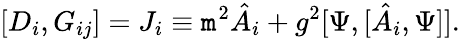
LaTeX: [D_{i},G_{ij}]=J_{i}\equiv\mathtt{m}^{2}\hat{{A}}_{i}+g^{2}[\Psi,[\hat{{A}}_{i},\Psi]].